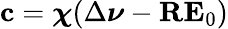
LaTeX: \mathbf{c}=\boldsymbol{\chi}(\Delta\boldsymbol{\nu}-\mathbf{R}\mathbf{E}_{0})